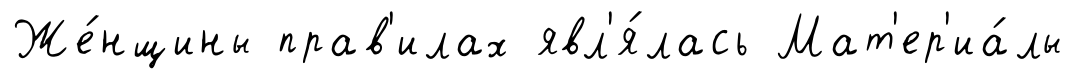
Же́нщины прав'илах явл'я́лась Мат'ер'иа́лы